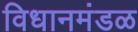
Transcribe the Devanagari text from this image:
विधानमंडळ